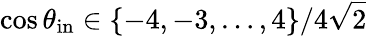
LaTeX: \cos\theta_{\mathrm{in}}\in\{ -4,-3,\ldots,4\} /4\sqrt{2}